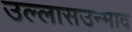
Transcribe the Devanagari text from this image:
उल्लासउन्माद